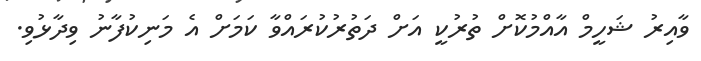
ވާއިރު ޝަހީމް އާއްމުކޮށް ތުރުކީ އަށް ދަތުރުކުރައްވާ ކަމަށް އެ މަނިކުފާނު ވިދާޅުވި.